Problem: 7 × 7 = ?
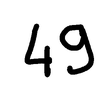
Handwritten answer: 49